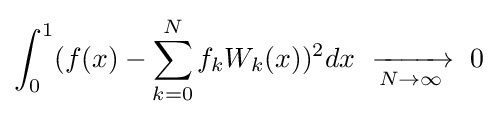
\int _{0}^{1}(f(x)-\sum _{k=0}^{N}f_{k}W_{k}(x))^{2}dx\;\ {\xrightarrow[{N\rightarrow \infty }]{}}\;\ 0